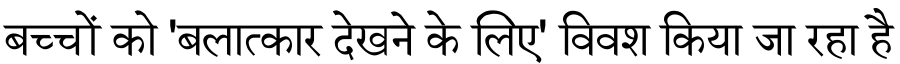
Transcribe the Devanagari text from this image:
बच्चों को 'बलात्कार देखने के लिए' विवश किया जा रहा है